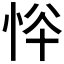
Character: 𢙋